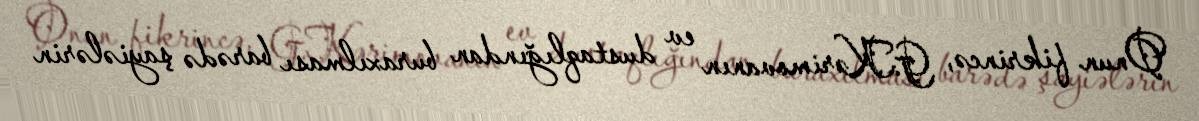
Onun fikrincə, G.Kərimovanın ev dustaqlığından buraxılması barədə şayiələrin